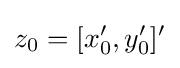
z_{0}=[x_{0}',y_{0}']'